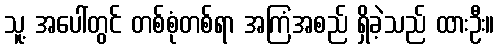
သူ့ အပေါ်တွင် တစ်စုံတစ်ရာ အကြံအစည် ရှိခဲ့သည် ထားဦး။